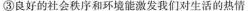
③良好的社会秩序和环境能激发我们对生活的热情